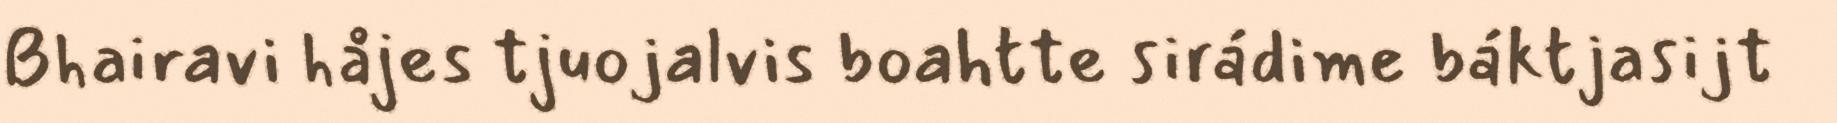
Bhairavi håjes tjuojalvis boahtte sirádime báktjasijt